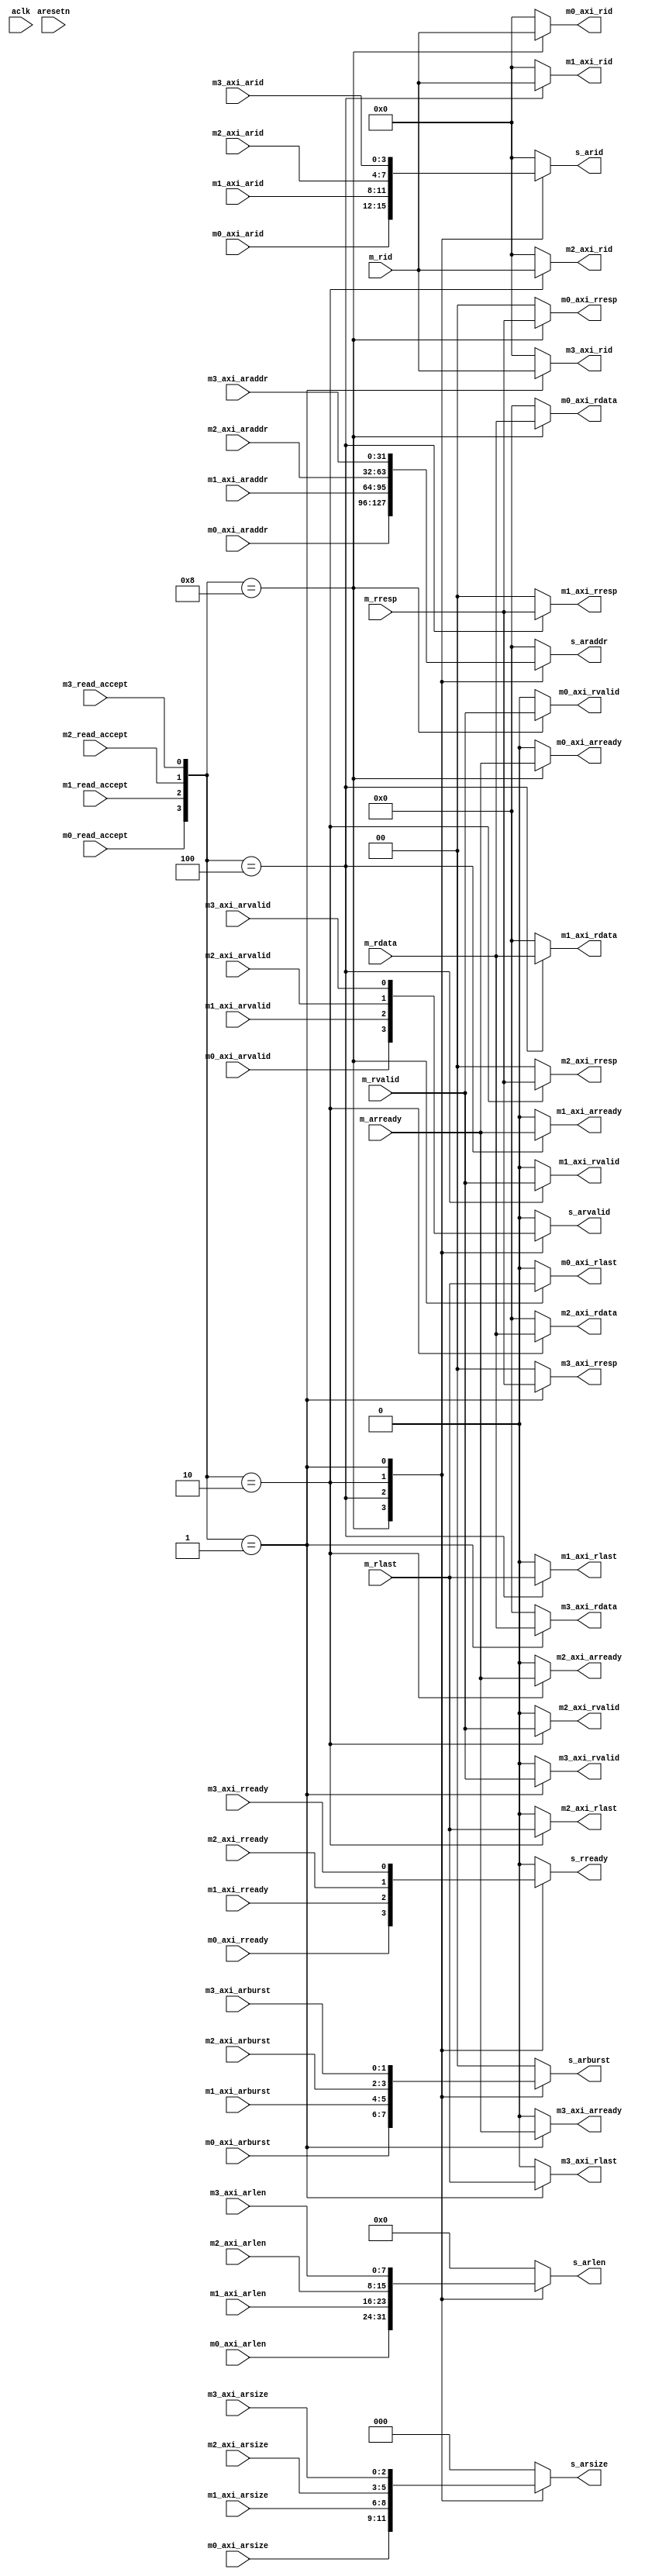
module Master_Mux_R (
    //----- Global -----//
    input         aclk          ,
    input         aresetn       ,
    //----- Master 0 -----//
    // Read address
    input  [3:0]  m0_axi_arid   ,
    input  [31:0] m0_axi_araddr ,
    input  [7:0]  m0_axi_arlen  ,
    input  [2:0]  m0_axi_arsize ,
    input  [1:0]  m0_axi_arburst,
    input         m0_axi_arvalid,
    output        m0_axi_arready,
    // Read data
    output [3:0]  m0_axi_rid    ,
    output [31:0] m0_axi_rdata  ,
    output [1:0]  m0_axi_rresp  ,
    output        m0_axi_rlast  ,
    output        m0_axi_rvalid ,
    input         m0_axi_rready ,
    //----- Master 1 -----//
    // Read address
    input  [3:0]  m1_axi_arid   ,
    input  [31:0] m1_axi_araddr ,
    input  [7:0]  m1_axi_arlen  ,
    input  [2:0]  m1_axi_arsize ,
    input  [1:0]  m1_axi_arburst,
    input         m1_axi_arvalid,
    output        m1_axi_arready,
    // Read data
    output [3:0]  m1_axi_rid    ,
    output [31:0] m1_axi_rdata  ,
    output [1:0]  m1_axi_rresp  ,
    output        m1_axi_rlast  ,
    output        m1_axi_rvalid ,
    input         m1_axi_rready ,
    //----- Master 2 -----//
    // Read address
    input  [3:0]  m2_axi_arid   ,
    input  [31:0] m2_axi_araddr ,
    input  [7:0]  m2_axi_arlen  ,
    input  [2:0]  m2_axi_arsize ,
    input  [1:0]  m2_axi_arburst,
    input         m2_axi_arvalid,
    output        m2_axi_arready,
    // Read data
    output [3:0]  m2_axi_rid    ,
    output [31:0] m2_axi_rdata  ,
    output [1:0]  m2_axi_rresp  ,
    output        m2_axi_rlast  ,
    output        m2_axi_rvalid ,
    input         m2_axi_rready ,
    //----- Master 3 -----//
    // Read address
    input  [3:0]  m3_axi_arid   ,
    input  [31:0] m3_axi_araddr ,
    input  [7:0]  m3_axi_arlen  ,
    input  [2:0]  m3_axi_arsize ,
    input  [1:0]  m3_axi_arburst,
    input         m3_axi_arvalid,
    output        m3_axi_arready,
    // Read data
    output [3:0]  m3_axi_rid    ,
    output [31:0] m3_axi_rdata  ,
    output [1:0]  m3_axi_rresp  ,
    output        m3_axi_rlast  ,
    output        m3_axi_rvalid ,
    input         m3_axi_rready ,
    //----- Slave general -----//
    // Read address
    output [3:0]  s_arid        ,
    output [31:0] s_araddr      ,
    output [7:0]  s_arlen       ,
    output [2:0]  s_arsize      ,
    output [1:0]  s_arburst     ,
    output        s_arvalid     ,
    // Read data
    output        s_rready      ,
    //----- Master general -----//
    // Read address
    input         m_arready     ,
    // Read data
    input  [3:0]  m_rid         ,
    input  [31:0] m_rdata       ,
    input  [1:0]  m_rresp       ,
    input         m_rlast       ,
    input         m_rvalid      ,
    //----- Control signals -----//
    input         m0_read_accept,
    input         m1_read_accept,
    input         m2_read_accept,
    input         m3_read_accept
);
//----- Other signals -----//
reg [3:0]  s_arid_r   ;
reg [31:0] s_araddr_r ;
reg [7:0]  s_arlen_r  ;
reg [2:0]  s_arsize_r ;
reg [1:0]  s_arburst_r;
reg        s_arvalid_r;
reg        s_rready_r ;
always @(*) begin
    case ({m0_read_accept, m1_read_accept, m2_read_accept, m3_read_accept})
        4'b1000 : begin
            s_arid_r    = m0_axi_arid   ;
            s_araddr_r  = m0_axi_araddr ;
            s_arlen_r   = m0_axi_arlen  ;
            s_arsize_r  = m0_axi_arsize ;
            s_arburst_r = m0_axi_arburst;
            s_arvalid_r = m0_axi_arvalid;
            s_rready_r  = m0_axi_rready ;
        end
        4'b0100 : begin
            s_arid_r    = m1_axi_arid   ;
            s_araddr_r  = m1_axi_araddr ;
            s_arlen_r   = m1_axi_arlen  ;
            s_arsize_r  = m1_axi_arsize ;
            s_arburst_r = m1_axi_arburst;
            s_arvalid_r = m1_axi_arvalid;
            s_rready_r  = m1_axi_rready ;
        end
        4'b0010 : begin
            s_arid_r    = m2_axi_arid   ;
            s_araddr_r  = m2_axi_araddr ;
            s_arlen_r   = m2_axi_arlen  ;
            s_arsize_r  = m2_axi_arsize ;
            s_arburst_r = m2_axi_arburst;
            s_arvalid_r = m2_axi_arvalid;
            s_rready_r  = m2_axi_rready ;
        end
        4'b0001 : begin
            s_arid_r    = m3_axi_arid   ;
            s_araddr_r  = m3_axi_araddr ;
            s_arlen_r   = m3_axi_arlen  ;
            s_arsize_r  = m3_axi_arsize ;
            s_arburst_r = m3_axi_arburst;
            s_arvalid_r = m3_axi_arvalid;
            s_rready_r  = m3_axi_rready ;
        end
        default : begin
            s_arid_r    = 4'd0 ;
            s_araddr_r  = 32'd0;
            s_arlen_r   = 8'd0 ;
            s_arsize_r  = 3'd0 ;
            s_arburst_r = 2'd0 ;
            s_arvalid_r = 1'b0 ;
            s_rready_r  = 1'b0 ;
        end
    endcase
end
assign s_arid    = s_arid_r   ;
assign s_araddr  = s_araddr_r ;
assign s_arlen   = s_arlen_r  ;
assign s_arsize  = s_arsize_r ;
assign s_arburst = s_arburst_r;
assign s_arvalid = s_arvalid_r;
assign s_rready  = s_rready_r ;
//----- ARREADY -----//
reg m0_axi_arready_r;
reg m1_axi_arready_r;
reg m2_axi_arready_r;
reg m3_axi_arready_r;
always @(*) begin
    case ({m0_read_accept, m1_read_accept, m2_read_accept, m3_read_accept})
        4'b1000 : begin
            m0_axi_arready_r = m_arready;
            m1_axi_arready_r = 1'b0;
            m2_axi_arready_r = 1'b0;
            m3_axi_arready_r = 1'b0;
        end
        4'b0100 : begin
            m0_axi_arready_r = 1'b0;
            m1_axi_arready_r = m_arready;
            m2_axi_arready_r = 1'b0;
            m3_axi_arready_r = 1'b0;
        end
        4'b0010 : begin
            m0_axi_arready_r = 1'b0;
            m1_axi_arready_r = 1'b0;
            m2_axi_arready_r = m_arready;
            m3_axi_arready_r = 1'b0;
        end
        4'b0001 : begin
            m0_axi_arready_r = 1'b0;
            m1_axi_arready_r = 1'b0;
            m2_axi_arready_r = 1'b0;
            m3_axi_arready_r = m_arready;
        end
        default : begin
            m0_axi_arready_r = 1'b0;
            m1_axi_arready_r = 1'b0;
            m2_axi_arready_r = 1'b0;
            m3_axi_arready_r = 1'b0;
        end
    endcase
end
assign m0_axi_arready = m0_axi_arready_r;
assign m1_axi_arready = m1_axi_arready_r;
assign m2_axi_arready = m2_axi_arready_r;
assign m3_axi_arready = m3_axi_arready_r;
//----- RID -----//
reg [3:0] m0_axi_rid_r;
reg [3:0] m1_axi_rid_r;
reg [3:0] m2_axi_rid_r;
reg [3:0] m3_axi_rid_r;
always @(*) begin
    case ({m0_read_accept, m1_read_accept, m2_read_accept, m3_read_accept})
        4'b1000 : begin
            m0_axi_rid_r = m_rid;
            m1_axi_rid_r = 4'd0;
            m2_axi_rid_r = 4'd0;
            m3_axi_rid_r = 4'd0;
        end
        4'b0100 : begin
            m0_axi_rid_r = 4'd0;
            m1_axi_rid_r = m_rid;
            m2_axi_rid_r = 4'd0;
            m3_axi_rid_r = 4'd0;
        end
        4'b0010 : begin
            m0_axi_rid_r = 4'd0;
            m1_axi_rid_r = 4'd0;
            m2_axi_rid_r = m_rid;
            m3_axi_rid_r = 4'd0;
        end
        4'b0001 : begin
            m0_axi_rid_r = 4'd0;
            m1_axi_rid_r = 4'd0;
            m2_axi_rid_r = 4'd0;
            m3_axi_rid_r = m_rid;
        end
        default : begin
            m0_axi_rid_r = 4'd0;
            m1_axi_rid_r = 4'd0;
            m2_axi_rid_r = 4'd0;
            m3_axi_rid_r = 4'd0;
        end
    endcase
end
assign m0_axi_rid = m0_axi_rid_r;
assign m1_axi_rid = m1_axi_rid_r;
assign m2_axi_rid = m2_axi_rid_r;
assign m3_axi_rid = m3_axi_rid_r;
//----- RDATA -----//
reg [31:0] m0_axi_rdata_r;
reg [31:0] m1_axi_rdata_r;
reg [31:0] m2_axi_rdata_r;
reg [31:0] m3_axi_rdata_r;
always @(*) begin
    case ({m0_read_accept, m1_read_accept, m2_read_accept, m3_read_accept})
        4'b1000 : begin
            m0_axi_rdata_r = m_rdata;
            m1_axi_rdata_r = 32'd0;
            m2_axi_rdata_r = 32'd0;
            m3_axi_rdata_r = 32'd0;
        end
        4'b0100 : begin
            m0_axi_rdata_r = 32'd0;
            m1_axi_rdata_r = m_rdata;
            m2_axi_rdata_r = 32'd0;
            m3_axi_rdata_r = 32'd0;
        end
        4'b0010 : begin
            m0_axi_rdata_r = 32'd0;
            m1_axi_rdata_r = 32'd0;
            m2_axi_rdata_r = m_rdata;
            m3_axi_rdata_r = 32'd0;
        end
        4'b0001 : begin
            m0_axi_rdata_r = 32'd0;
            m1_axi_rdata_r = 32'd0;
            m2_axi_rdata_r = 32'd0;
            m3_axi_rdata_r = m_rdata;
        end
        default : begin
            m0_axi_rdata_r = 32'd0;
            m1_axi_rdata_r = 32'd0;
            m2_axi_rdata_r = 32'd0;
            m3_axi_rdata_r = 32'd0;
        end
    endcase
end
assign m0_axi_rdata = m0_axi_rdata_r;
assign m1_axi_rdata = m1_axi_rdata_r;
assign m2_axi_rdata = m2_axi_rdata_r;
assign m3_axi_rdata = m3_axi_rdata_r;
//----- RRESP -----//
reg [1:0] m0_axi_rresp_r;
reg [1:0] m1_axi_rresp_r;
reg [1:0] m2_axi_rresp_r;
reg [1:0] m3_axi_rresp_r;
always @(*) begin
    case ({m0_read_accept, m1_read_accept, m2_read_accept, m3_read_accept})
        4'b1000 : begin
            m0_axi_rresp_r = m_rresp;
            m1_axi_rresp_r = 2'd0;
            m2_axi_rresp_r = 2'd0;
            m3_axi_rresp_r = 2'd0;
        end
        4'b0100 : begin
            m0_axi_rresp_r = 2'd0;
            m1_axi_rresp_r = m_rresp;
            m2_axi_rresp_r = 2'd0;
            m3_axi_rresp_r = 2'd0;
        end
        4'b0010 : begin
            m0_axi_rresp_r = 2'd0;
            m1_axi_rresp_r = 2'd0;
            m2_axi_rresp_r = m_rresp;
            m3_axi_rresp_r = 2'd0;
        end
        4'b0001 : begin
            m0_axi_rresp_r = 2'd0;
            m1_axi_rresp_r = 2'd0;
            m2_axi_rresp_r = 2'd0;
            m3_axi_rresp_r = m_rresp;
        end
        default : begin
            m0_axi_rresp_r = 2'd0;
            m1_axi_rresp_r = 2'd0;
            m2_axi_rresp_r = 2'd0;
            m3_axi_rresp_r = 2'd0;
        end
    endcase
end
assign m0_axi_rresp = m0_axi_rresp_r;
assign m1_axi_rresp = m1_axi_rresp_r;
assign m2_axi_rresp = m2_axi_rresp_r;
assign m3_axi_rresp = m3_axi_rresp_r;
//----- RLAST -----//
reg m0_axi_rlast_r;
reg m1_axi_rlast_r;
reg m2_axi_rlast_r;
reg m3_axi_rlast_r;
always @(*) begin
    case ({m0_read_accept, m1_read_accept, m2_read_accept, m3_read_accept})
        4'b1000 : begin
            m0_axi_rlast_r = m_rlast;
            m1_axi_rlast_r = 1'b0;
            m2_axi_rlast_r = 1'b0;
            m3_axi_rlast_r = 1'b0;
        end
        4'b0100 : begin
            m0_axi_rlast_r = 1'b0;
            m1_axi_rlast_r = m_rlast;
            m2_axi_rlast_r = 1'b0;
            m3_axi_rlast_r = 1'b0;
        end
        4'b0010 : begin
            m0_axi_rlast_r = 1'b0;
            m1_axi_rlast_r = 1'b0;
            m2_axi_rlast_r = m_rlast;
            m3_axi_rlast_r = 1'b0;
        end
        4'b0001 : begin
            m0_axi_rlast_r = 1'b0;
            m1_axi_rlast_r = 1'b0;
            m2_axi_rlast_r = 1'b0;
            m3_axi_rlast_r = m_rlast;
        end
        default : begin
            m0_axi_rlast_r = 1'b0;
            m1_axi_rlast_r = 1'b0;
            m2_axi_rlast_r = 1'b0;
            m3_axi_rlast_r = 1'b0;
        end
    endcase
end
assign m0_axi_rlast = m0_axi_rlast_r;
assign m1_axi_rlast = m1_axi_rlast_r;
assign m2_axi_rlast = m2_axi_rlast_r;
assign m3_axi_rlast = m3_axi_rlast_r;
//----- RVALID -----//
reg m0_axi_rvalid_r;
reg m1_axi_rvalid_r;
reg m2_axi_rvalid_r;
reg m3_axi_rvalid_r;
always @(*) begin
    case ({m0_read_accept, m1_read_accept, m2_read_accept, m3_read_accept})
        4'b1000 : begin
            m0_axi_rvalid_r = m_rvalid;
            m1_axi_rvalid_r = 1'b0;
            m2_axi_rvalid_r = 1'b0;
            m3_axi_rvalid_r = 1'b0;
        end
        4'b0100 : begin
            m0_axi_rvalid_r = 1'b0;
            m1_axi_rvalid_r = m_rvalid;
            m2_axi_rvalid_r = 1'b0;
            m3_axi_rvalid_r = 1'b0;
        end
        4'b0010 : begin
            m0_axi_rvalid_r = 1'b0;
            m1_axi_rvalid_r = 1'b0;
            m2_axi_rvalid_r = m_rvalid;
            m3_axi_rvalid_r = 1'b0;
        end
        4'b0001 : begin
            m0_axi_rvalid_r = 1'b0;
            m1_axi_rvalid_r = 1'b0;
            m2_axi_rvalid_r = 1'b0;
            m3_axi_rvalid_r = m_rvalid;
        end
        default : begin
            m0_axi_rvalid_r = 1'b0;
            m1_axi_rvalid_r = 1'b0;
            m2_axi_rvalid_r = 1'b0;
            m3_axi_rvalid_r = 1'b0;
        end 
    endcase
end
assign m0_axi_rvalid = m0_axi_rvalid_r;
assign m1_axi_rvalid = m1_axi_rvalid_r;
assign m2_axi_rvalid = m2_axi_rvalid_r;
assign m3_axi_rvalid = m3_axi_rvalid_r;
endmodule